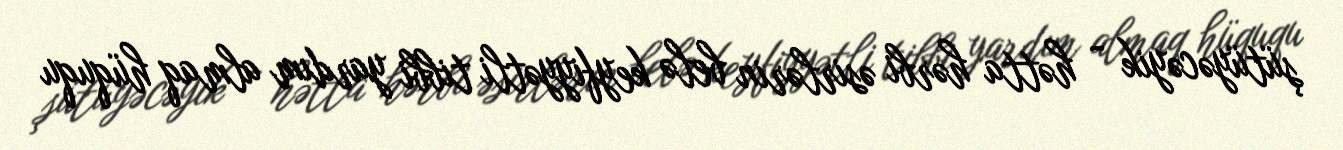
şütüyəcəyik - hətta hərbi əsirlərin belə keyfiyyətli tibbi yardım almaq hüququ